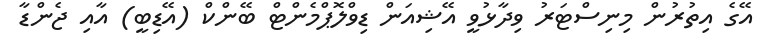
އޭގެ އިތުރުން މިނިސްޓަރު ވިދާޅުވީ އޭޝިއަން ޑިވްލޮޕްމެންޓް ބޭންކް (އޭޑިބީ) އާއި ޖެންޑާ